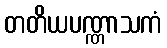
တတိယပဏ္ဏာသကံ